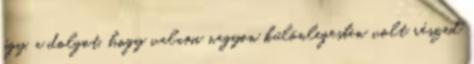
úgy, a dolgot, hogy valami nagyon különlegesben volt részed